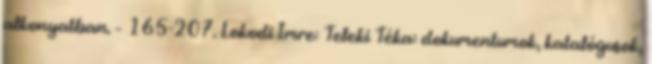
alkonyatban. – 165-207. Lokodi Imre: Teleki Téka: dokumentumok, katalógusok,